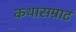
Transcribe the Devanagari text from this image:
कथासम्राट